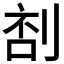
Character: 𠝒